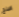
اصلح